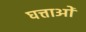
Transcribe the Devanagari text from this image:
घत्ताओं